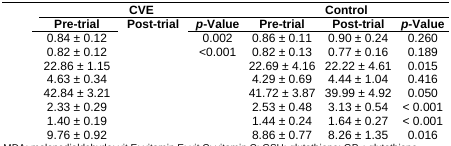
<table><thead><tr><td>[EMPTY_CELL]</td><td colspan="3"><b>CVE</b></td><td colspan="3"><b>Control</b></td></tr><tr><td>[EMPTY_CELL]</td><td><b>Pre-trial</b></td><td><b>Post-trial</b></td><td><b><i>p</i>-Value</b></td><td><b>Pre-trial</b></td><td><b>Post-trial</b></td><td><b><i>p</i>-Value</b></td></tr></thead><tbody><tr><td>[EMPTY_CELL]</td><td>0.84 ± 0.12</td><td>[EMPTY_CELL]</td><td>0.002</td><td>0.86 ± 0.11</td><td>0.90 ± 0.24</td><td>0.260</td></tr><tr><td>[EMPTY_CELL]</td><td>0.82 ± 0.12</td><td>[EMPTY_CELL]</td><td>&lt;0.001</td><td>0.82 ± 0.13</td><td>0.77 ± 0.16</td><td>0.189</td></tr><tr><td>[EMPTY_CELL]</td><td>22.86 ± 1.15</td><td>[EMPTY_CELL]</td><td>[EMPTY_CELL]</td><td>22.69 ± 4.16</td><td>22.22 ± 4.61</td><td>0.015</td></tr><tr><td>[EMPTY_CELL]</td><td>4.63 ± 0.34</td><td>[EMPTY_CELL]</td><td>[EMPTY_CELL]</td><td>4.29 ± 0.69</td><td>4.44 ± 1.04</td><td>0.416</td></tr><tr><td>[EMPTY_CELL]</td><td>42.84 ± 3.21</td><td>[EMPTY_CELL]</td><td>[EMPTY_CELL]</td><td>41.72 ± 3.87</td><td>39.99 ± 4.92</td><td>0.050</td></tr><tr><td>[EMPTY_CELL]</td><td>2.33 ± 0.29</td><td>[EMPTY_CELL]</td><td>[EMPTY_CELL]</td><td>2.53 ± 0.48</td><td>3.13 ± 0.54</td><td>&lt; 0.001</td></tr><tr><td>[EMPTY_CELL]</td><td>1.40 ± 0.19</td><td>[EMPTY_CELL]</td><td>[EMPTY_CELL]</td><td>1.44 ± 0.24</td><td>1.64 ± 0.27</td><td>&lt; 0.001</td></tr><tr><td>[EMPTY_CELL]</td><td>9.76 ± 0.92</td><td>[EMPTY_CELL]</td><td>[EMPTY_CELL]</td><td>8.86 ± 0.77</td><td>8.26 ± 1.35</td><td>0.016</td></tr></tbody></table>